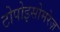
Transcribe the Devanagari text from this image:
टोपोइसोमरेज़